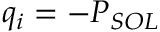
q _ { i } = - P _ { S O L }